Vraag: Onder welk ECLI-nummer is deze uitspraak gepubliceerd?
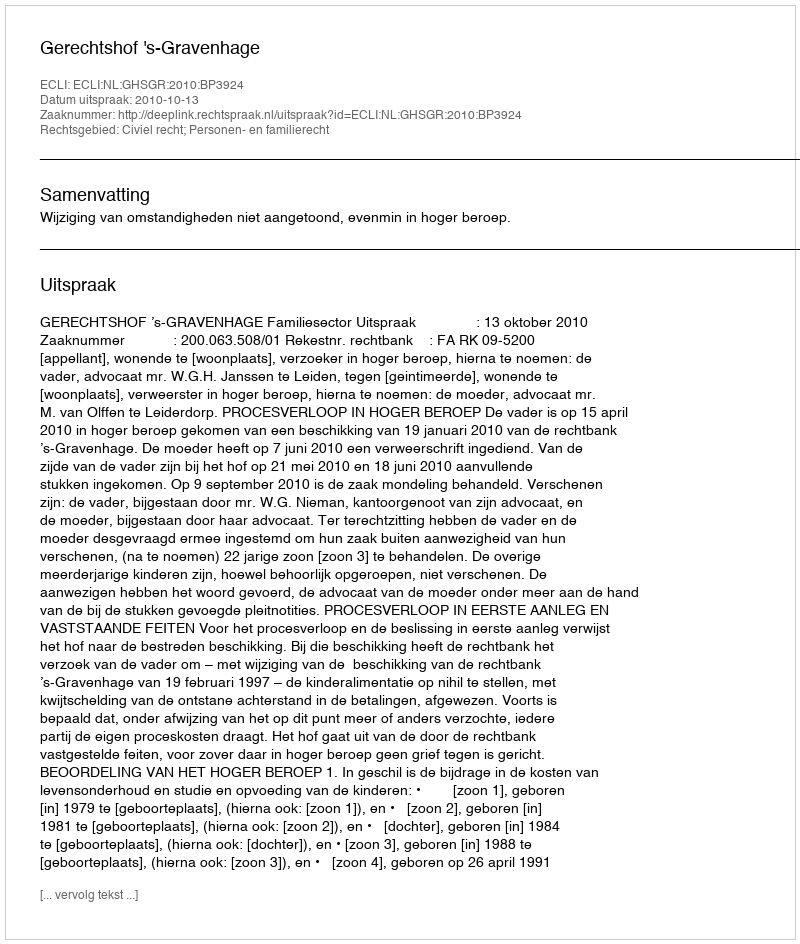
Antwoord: ECLI:NL:GHSGR:2010:BP3924